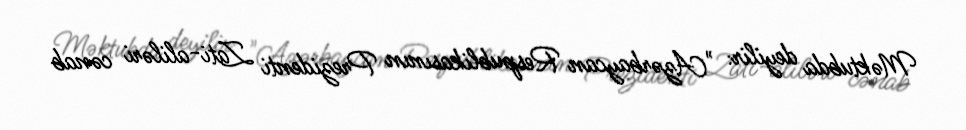
Məktubda deyilir: "Azərbaycan Respublikasının Prezidenti Zati-aliləri cənab